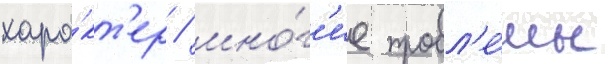
хара́кт'ер / мно́г'ие пробл'е́мы